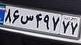
۸۶س۴۹۷۷۷